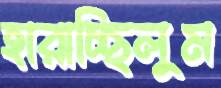
হারাচ্ছিলুম